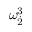
{ { \omega } } _ { \dot { 2 } } ^ { 3 }